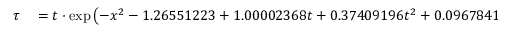
\begin{array} { r l } { \tau } & { { } = t \cdot \exp \left( - x ^ { 2 } - 1 . 2 6 5 5 1 2 2 3 + 1 . 0 0 0 0 2 3 6 8 t + 0 . 3 7 4 0 9 1 9 6 t ^ { 2 } + 0 . 0 9 6 7 8 4 1 8 t ^ { 3 } - 0 . 1 8 6 2 8 8 0 6 t ^ { 4 } \right. } \end{array}